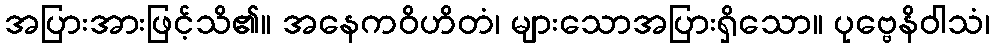
အပြားအားဖြင့်သိ၏။ အနေကဝိဟိတံ၊ များသောအပြားရှိသော။ ပုဗ္ဗေနိဝါသံ၊